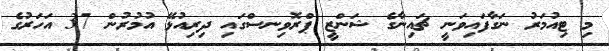
މި ޓިއުމަރު ނަގާފައިވަނީ ޗައިނާގެ ޝަންޒީ ޕްރޮވިނސްގައި ދިރިއުޅޭ އުމުރުން 37 އަހަރުގެ